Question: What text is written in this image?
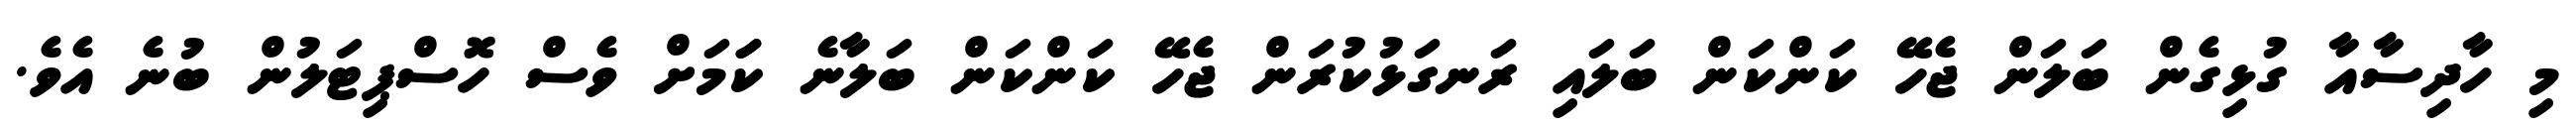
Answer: މި ހާދިސާއާ ގުޅިގެން ބަލަން ޖެހޭ ކަންކަން ބަލައި ރަނގަޅުކުރަން ޖެހޭ ކަންކަން ބަލާނެ ކަަމަށް ވެސް ހޮސްޕިޓަލުން ބުނެ އެވެ.